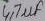
Text: 4,7µf